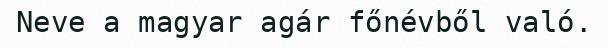
Neve a magyar agár főnévből való.